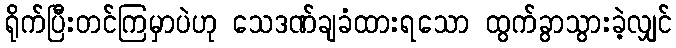
ရိုက်ပြီးတင်ကြမှာပဲဟု သေဒဏ်ချခံထားရသော ထွက်ခွာသွားခဲ့လျှင်